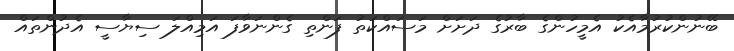
ބޭނުންކުރުމާއެކު އެމީހުންގެ ބާރުގެ ދަށަށް މަސައްކަތު ފަންތި ގެންނަވާފަ އަމިއްލަ ސިޔާސީ އެދުންތައް